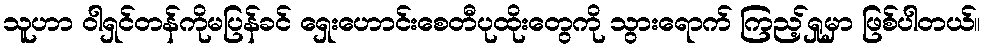
သူဟာ ဝါရှင်တန်ကိုမပြန်ခင် ရှေးဟောင်းစေတီပုထိုးတွေကို သွားရောက် ကြည့်ရှုမှာ ဖြစ်ပါတယ်။